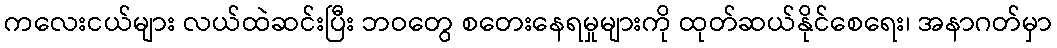
ကလေးငယ်များ လယ်ထဲဆင်းပြီး ဘဝတွေ စတေးနေရမှုများကို ထုတ်ဆယ်နိုင်စေရေး၊ အနာဂတ်မှာ